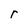
Character: r